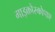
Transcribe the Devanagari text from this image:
माइक्रोस्कोपाए